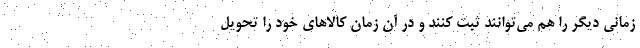
زمانی دیگر را هم می­توانند ثبت کنند و در آن زمان کالاهای خود را تحویل